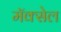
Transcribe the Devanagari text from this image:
मॅक्‍सेल